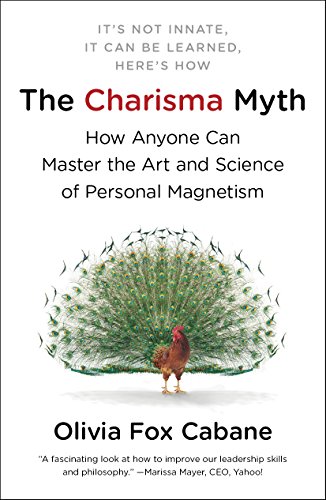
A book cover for The Charisma Myth: How Anyone Can Master the Art and Science of Personal Magnetism; Olivia Fox Cabane; Business & Money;